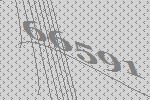
66591